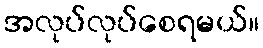
အလုပ်လုပ်စေရမယ်။